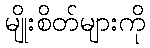
မျိုးစိတ်များကို